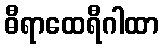
ဓီရာထေရီဂါထာ